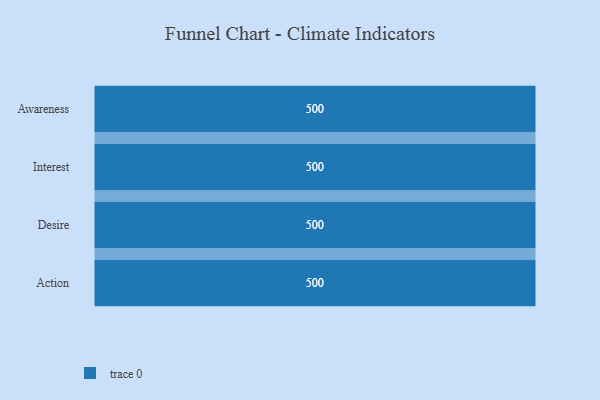
{"axis": {"x": "Stage", "y": "Value"}, "legend": [""], "data": [{"x": "Awareness", "y": 500, "type": ""}, {"x": "Interest", "y": 500, "type": ""}, {"x": "Desire", "y": 500, "type": ""}, {"x": "Action", "y": 500, "type": ""}]}